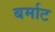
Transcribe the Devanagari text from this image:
बर्माट